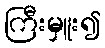
ကြီးမှူး၍